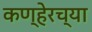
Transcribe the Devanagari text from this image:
कण्हेरच्या